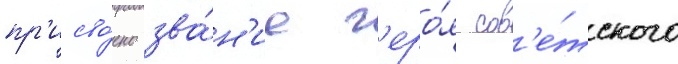
пр'исво́ено зва́н'ие г'еро́я сов'е́тского